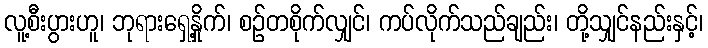
လူ့စီးပွားဟူ၊ ဘုရားရှေ့နှိုက်၊ စဉ်တစိုက်လျှင်၊ ကပ်လိုက်သည်ချည်း၊ တို့သျှင်နည်းနှင့်၊